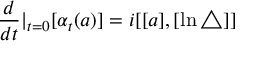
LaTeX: \frac d { d t } | _ { t = 0 } [ \alpha _ { t } ( a ) ] = i [ [ a ] , [ \ln \bigtriangleup ] ]